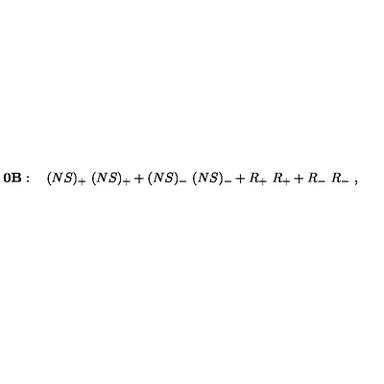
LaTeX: { \bf 0 B } : \quad ( N S ) _ { + } \ ( N S ) _ { + } + ( N S ) _ { - } \ ( N S ) _ { - } + R _ { + } \ R _ { + } + R _ { - } \ R _ { - } \ ,